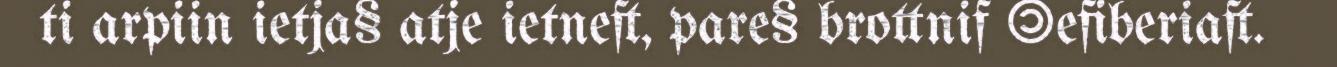
ti arpiin ietja§ atje ietneft, pare§ brottnif ©efiberiaft.